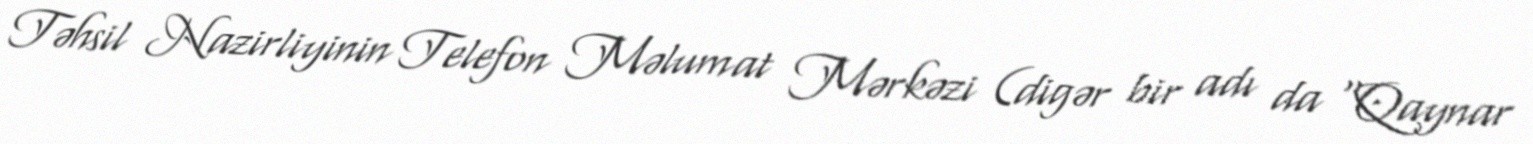
Təhsil Nazirliyinin Telefon Məlumat Mərkəzi (digər bir adı da “Qaynar